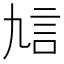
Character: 𧥠